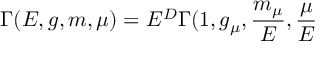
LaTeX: \Gamma ( E , g , m , \mu ) = E ^ { D } \Gamma ( 1 , g _ { \mu } , \frac { m _ { \mu } } { E } , \frac { \mu } { E }